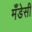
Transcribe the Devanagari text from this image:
मँडेसी